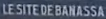
LESITEDEBANASSA